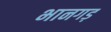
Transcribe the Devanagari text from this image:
भानगड़